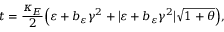
t = \frac { \kappa _ { E } } { 2 } \Big ( \varepsilon + b _ { \varepsilon } \gamma ^ { 2 } + \big \vert \varepsilon + b _ { \varepsilon } \gamma ^ { 2 } \big \vert \sqrt { 1 + \theta } \Big ) ,